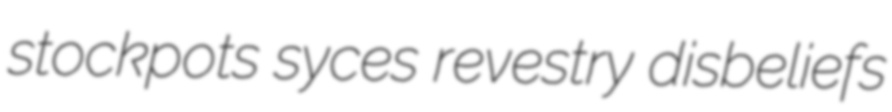
stockpots syces revestry disbeliefs